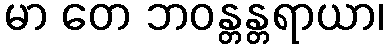
မာ တေ ဘဝန္တန္တရာယာ၊